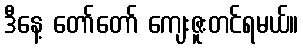
ဒီနေ့ တော်တော် ကျေးဇူးတင်ရမယ်။